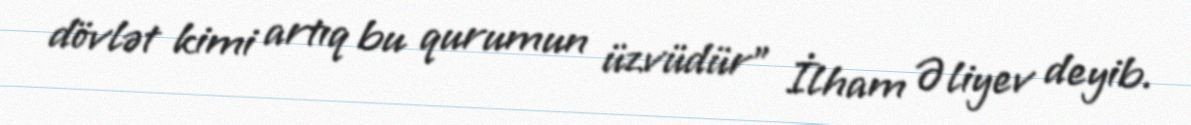
dövlət kimi artıq bu qurumun üzvüdür" İlham Əliyev deyib.